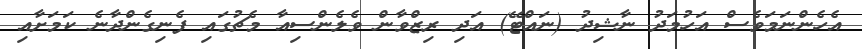
އެހެންނަމަވެސް އަހުމަދު ނާޝިދު (ނައްޓޭ) އަދި ރިޒްވާން ވެލެންސިއާ މެޗުގައި ފެނިގެންދާނެ ކަމަށާއި